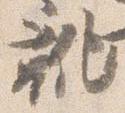
靴